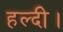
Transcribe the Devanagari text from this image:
हल्दी।